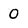
Character: 0